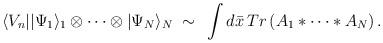
LaTeX: \begin{align*}\langle V_{n}||\Psi_{1}\rangle_{1}\otimes\cdots\otimes|\Psi_{N}\rangle_{N}\;\sim\,\;\int d\bar{x}\,Tr\left( A_{1}\ast\cdots\ast A_{N}\right) .\end{align*}